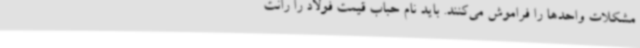
مشکلات واحدها را فراموش می‌کنند. باید نام حباب قیمت فولاد را رانت